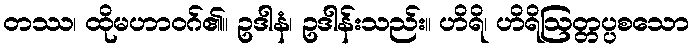
တဿ၊ ထိုမဟာဝဂ်၏။ ဥဒါနံ၊ ဥဒါန်းသည်း။ ဟိရိ၊ ဟိရိဩတ္တပ္ပစသော